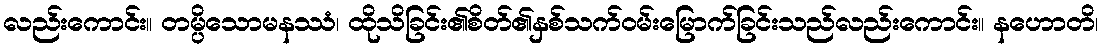
လည်းကောင်း။ တမ္ပိသောမနဿံ၊ ထိုသိခြင်း၏စိတ်၏နှစ်သက်ဝမ်းမြောက်ခြင်းသည်လည်းကောင်း။ နဟောတိ၊